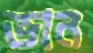
ভান